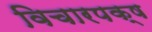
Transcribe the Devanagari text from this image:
विचारपक्ष